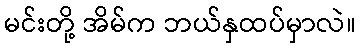
မင်းတို့ အိမ်က ဘယ်နှထပ်မှာလဲ။